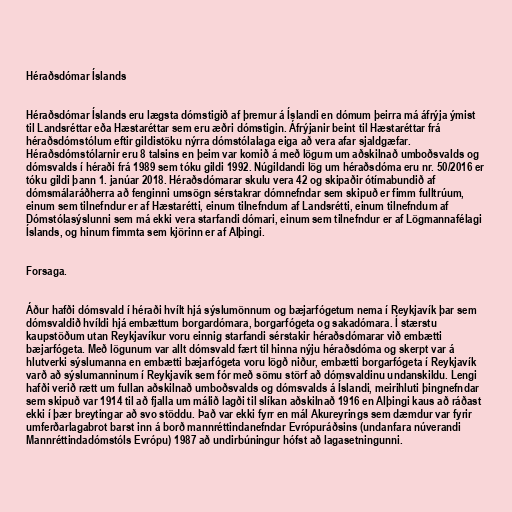
Héraðsdómar Íslands

Héraðsdómar Íslands eru lægsta dómstigið af þremur á Íslandi en dómum þeirra má áfrýja ýmist
til Landsréttar eða Hæstaréttar sem eru æðri dómstigin. Áfrýjanir beint til Hæstaréttar frá
héraðsdómstólum eftir gildistöku nýrra dómstólalaga eiga að vera afar sjaldgæfar.
Héraðsdómstólarnir eru 8 talsins en þeim var komið á með lögum um aðskilnað umboðsvalds og
dómsvalds í héraði frá 1989 sem tóku gildi 1992. Núgildandi lög um héraðsdóma eru nr. 50/2016 er
tóku gildi þann 1. janúar 2018. Héraðsdómarar skulu vera 42 og skipaðir ótímabundið af
dómsmálaráðherra að fenginni umsögn sérstakrar dómnefndar sem skipuð er fimm fulltrúum,
einum sem tilnefndur er af Hæstarétti, einum tilnefndum af Landsrétti, einum tilnefndum af
Dómstólasýslunni sem má ekki vera starfandi dómari, einum sem tilnefndur er af Lögmannafélagi
Íslands, og hinum fimmta sem kjörinn er af Alþingi.

Forsaga.

Áður hafði dómsvald í héraði hvílt hjá sýslumönnum og bæjarfógetum nema í Reykjavík þar sem
dómsvaldið hvíldi hjá embættum borgardómara, borgarfógeta og sakadómara. Í stærstu
kaupstöðum utan Reykjavíkur voru einnig starfandi sérstakir héraðsdómarar við embætti
bæjarfógeta. Með lögunum var allt dómsvald fært til hinna nýju héraðsdóma og skerpt var á
hlutverki sýslumanna en embætti bæjarfógeta voru lögð niður, embætti borgarfógeta í Reykjavík
varð að sýslumanninum í Reykjavík sem fór með sömu störf að dómsvaldinu undanskildu. Lengi
hafði verið rætt um fullan aðskilnað umboðsvalds og dómsvalds á Íslandi, meirihluti þingnefndar
sem skipuð var 1914 til að fjalla um málið lagði til slíkan aðskilnað 1916 en Alþingi kaus að ráðast
ekki í þær breytingar að svo stöddu. Það var ekki fyrr en mál Akureyrings sem dæmdur var fyrir
umferðarlagabrot barst inn á borð mannréttindanefndar Evrópuráðsins (undanfara núverandi
Mannréttindadómstóls Evrópu) 1987 að undirbúningur hófst að lagasetningunni.